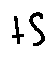
t S